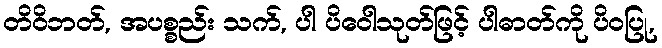
တိဝိဘတ်, အပစ္စည်း သက်, ပါ ပိဝေါသုတ်ဖြင့် ပါဓာတ်ကို ပိဝပြု,